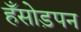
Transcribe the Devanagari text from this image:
हँसोड़पन